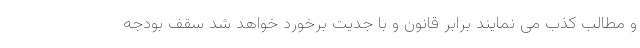
و مطالب کذب می نمایند برابر قانون و با جدیت برخورد خواهد شد سقف بودجه